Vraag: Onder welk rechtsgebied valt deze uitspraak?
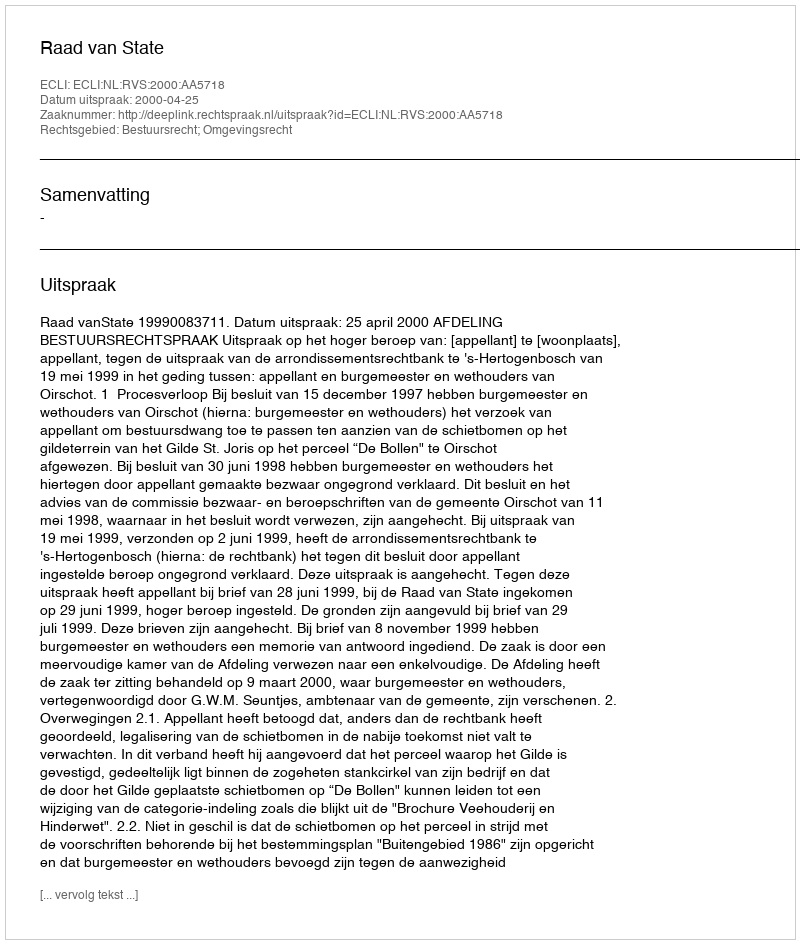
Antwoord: Bestuursrecht; Omgevingsrecht